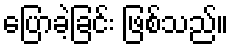
ပြောခဲ့ခြင်း ဖြစ်သည်။